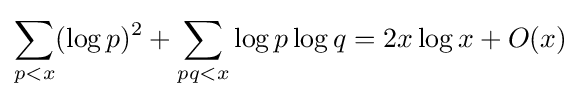
\sum _{p<x}(\log p)^{2}+\sum _{pq<x}\log p\log q=2x\log x+O(x)